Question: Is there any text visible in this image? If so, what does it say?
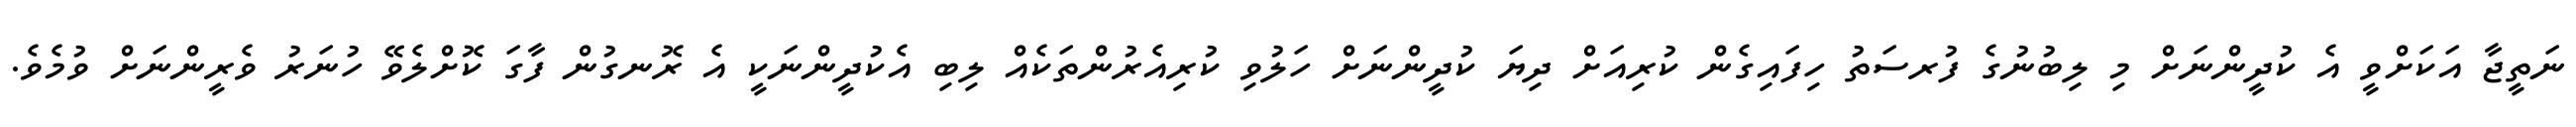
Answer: ނަތީޖާ އަކަށްވީ އެ ކުދީންނަށް މި ލިބުނުގެ ފުރސަތު ހިފައިގެން ކުރިއަށް ދިޔަ ކުދީންނަށް ހަލުވި ކުރިއެރުންތަކެއް ލިބި އެކުދީންނަކީ އެ ރޮނގުން ފާގަ ކޮށްލެވޭ ހުނަރު ވެރީންނަށް ވުމެވެ.